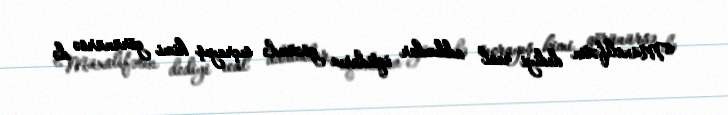
Müxalifətin dediyi real addımlar iqtidarın gözündə sıçrayış kimi görünürsə də